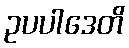
ဥပပါဒေတိ